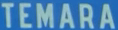
TEMARA